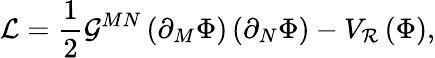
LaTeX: \mathcal{L}=\frac{1}{2}\mathcal{G}^{MN}\left(\partial_{M}\Phi\right)\left(\partial_{N}\Phi\right)-V_{\mathcal{R}}\left(\Phi\right),